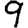
Digit: 9